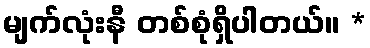
မျက်လုံးနီ တစ်စုံရှိပါတယ်။ *